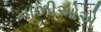
નાઝીઓએ